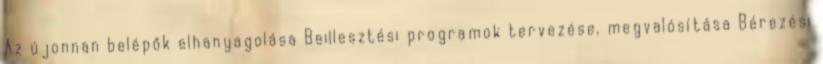
Az újonnan belépők elhanyagolása Beillesztési programok tervezése, megvalósítása Bérezési